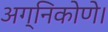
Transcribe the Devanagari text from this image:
अग्निकोणे।